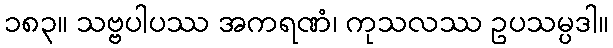
၁၈၃။ သဗ္ဗပါပဿ အကရဏံ၊ ကုသလဿ ဥပသမ္ပဒါ။